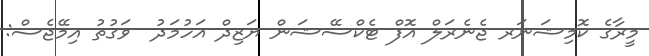
މީރާގެ ކޮމިޝަނަރ ޖެނެރަލް އޮފް ޓެކްސޭޝަން ޔަޒިދް އަހުމަދު  ވަގުތު އިމޭޖެސް: